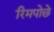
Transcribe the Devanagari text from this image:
रिमपोछे